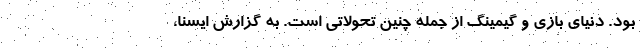
بود. دنیای بازی و گیمینگ از جمله چنین تحولاتی است. به گزارش ایسنا،